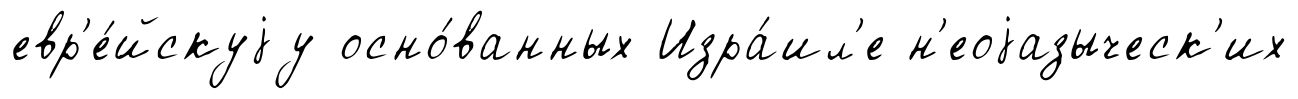
евр'е́йскуjу осно́ванных Изра́ил'е н'еоjазыческ'их